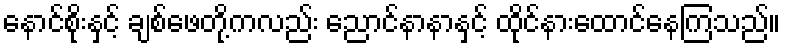
နောင်စိုးနှင့် ချစ်ဖေတို့ကလည်း ညောင်နာနာနှင့် ထိုင်နားထောင်နေကြသည်။